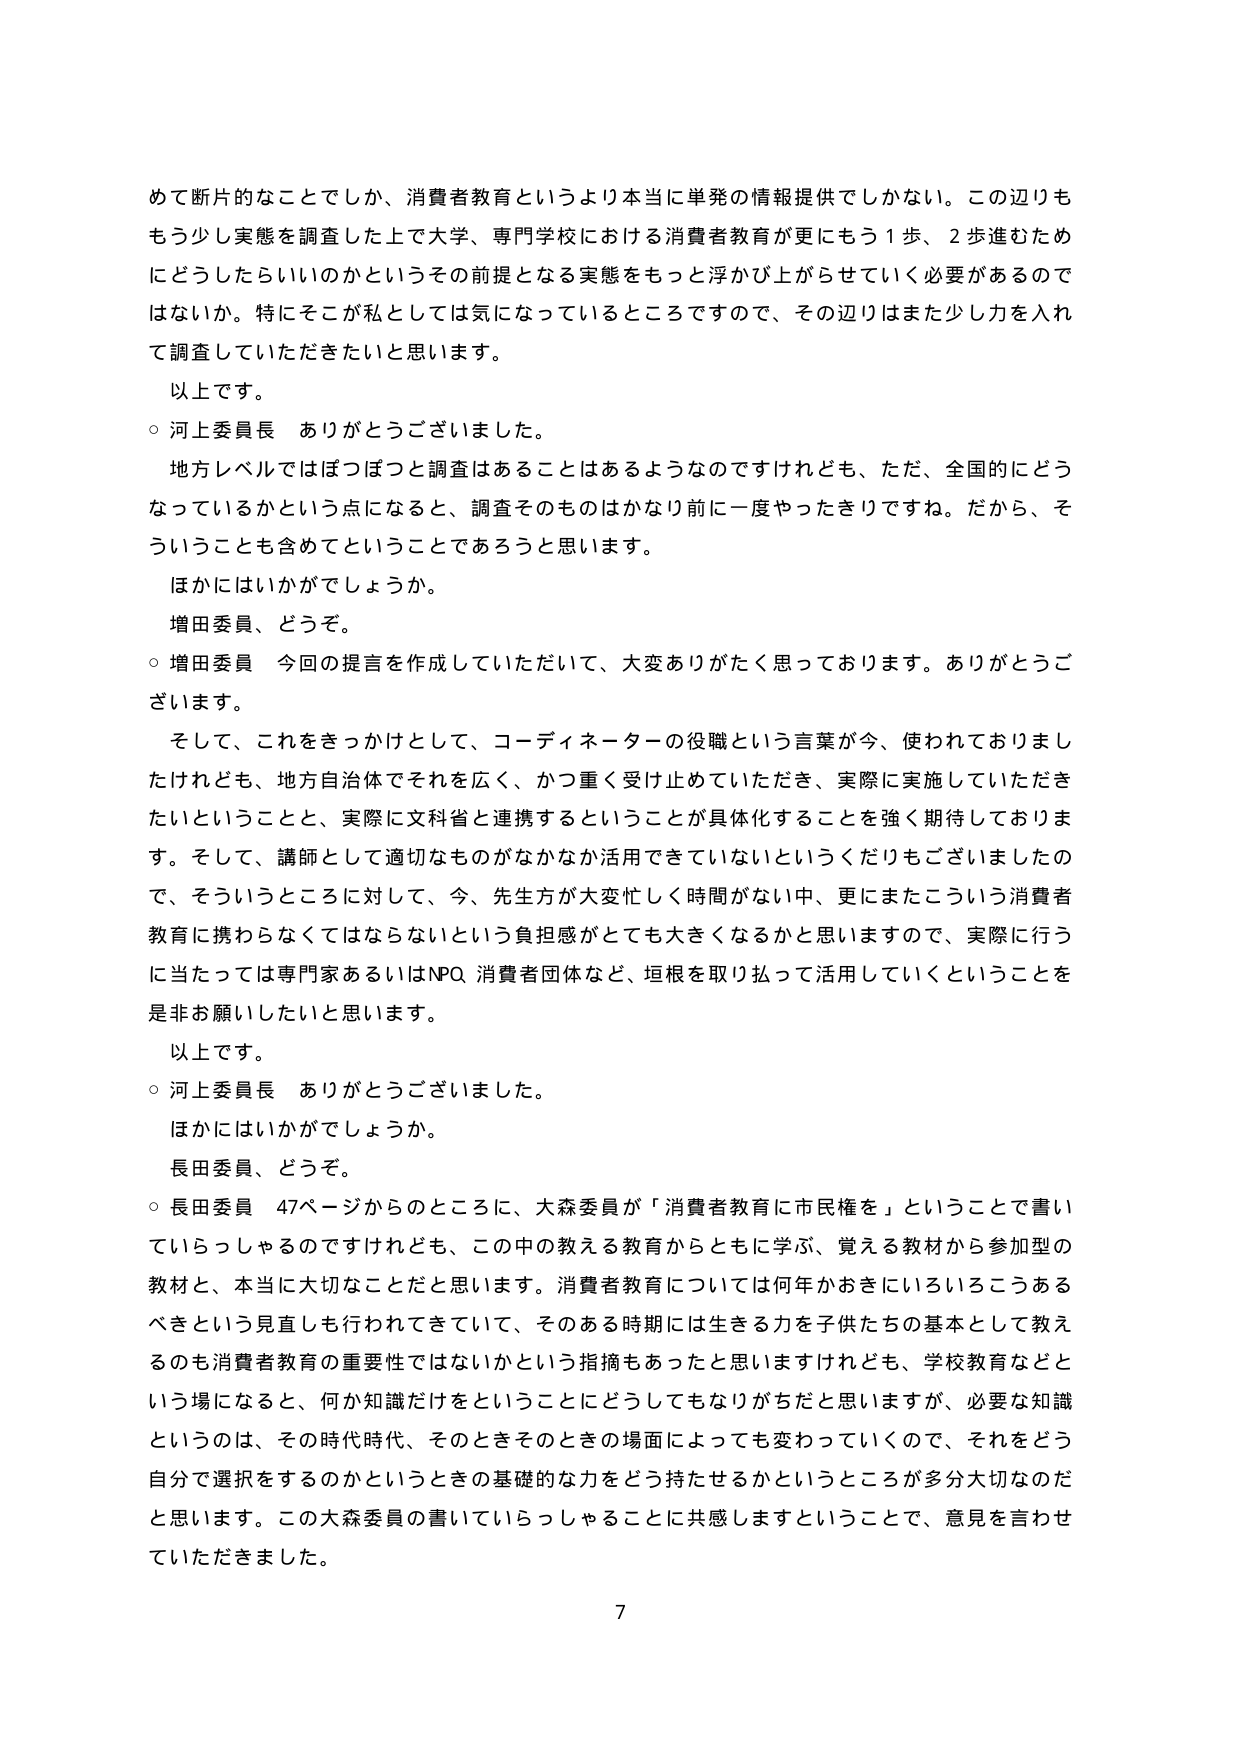
めで断片的なことでしか、消費者教育というより本当に単発の情報提供でしかない。この辺りももう少し実態を調査した上で大学、専門学校における消費者教育が更にもう１歩、２歩進むためにどうしたらいいのかというその前提となる実態をもっと浮かび上がらせていく必要があるのではないか。特にそこが私としては気になっているところですので、その辺りはまた少し力を入れて調査していただきたいと思います。

以上です。

○ 河上委員長 ありがとうございました。

地方レベルではぼつぼつと調査はあることはあるようなのですがけれども、ただ、全国的にどうなっているかという点になると、調査そのものはかなり前に一度やったきりですね。だから、そういうことも含めてということであるろうと思います。

ほかにはいかがでしょうか。

増田委員、どうぞ。

○ 増田委員 今回の提言を作成していただいて、大変ありがたく思っております。ありがとうございます。

そして、これをきっかけとして、コーディネーターの役職という言葉が今、使われておりますけれども、地方自治体でそれを広く、かつ重く受け止めていただき、実際に実施していただきたいということと、実際に文科省と連携するということが具体化することを強く期待しております。そして、講師として適切なもののがなかなか活用できていないというくだりもございましたので、そういうところに対して、今、先生方が大変忙しく時間がない中、更にまたこういう消費者教育に携わらなくてはならないという負担感がとても大きくなるかと思いますので、実際に行うに当たっては専門家あるいはNPO・消費者団体など、垣根を取り払って活用していくということを是非お願いしたいと思います。

以上です。

○ 河上委員長 ありがとうございました。

ほかにはいかがでしょうか。

長田委員、どうぞ。

○ 長田委員 47ページからのところに、大森委員が「消費者教育に市民権を」ということで書いていらっしゃるのですけれども、この中の教える教育からともに学ぶ、覚える教材から参加型の教材と、本当に大切なことだと思います。消費者教育については何年かおきにいろいろこうあるべきという見直しも行われてきていて、そのある時期には生きる力を子供たちの基本として教えるのも消費者教育の重要性ではないかという指摘もあったと思いますけれども、学校教育などという場になると、何か知識だけをということにどうしてもなりがちだと思いますが、必要な知識というのは、その時代時代、そのときそのときの場面によっても変わっていくので、それをどう自分で選択をするのかというときの基礎的な力をどう持たせるかというところが多分大切なのだと思います。この大森委員の書いていらっしゃることに共感しますということで、意見を言わせていただきました。

7